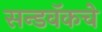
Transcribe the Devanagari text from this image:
सन्डवॅकचे